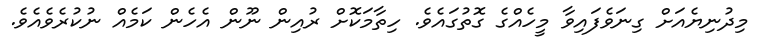
މިދުނިޔެއަށް ގިނަވެފައިވާ މީހެއްގެ ގޮތުގައެވެ. ހިތާމަކޮށް ރުއިން ނޫން އެހެން ކަމެއް ނުކުރެވެއެވެ.